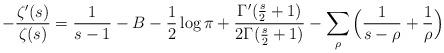
LaTeX: \begin{align*} -\frac{\zeta'(s)}{\zeta(s)} = \frac{1}{s-1} - B -\frac{1}{2} \log \pi + \frac{\Gamma'(\frac{s}{2}+1)}{2 \Gamma(\frac{s}{2}+1)} - \sum_{\rho} \Big(\frac{1}{s-\rho}+\frac{1}{\rho} \Big)\end{align*}